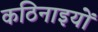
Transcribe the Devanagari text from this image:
कठिनाइयोें